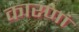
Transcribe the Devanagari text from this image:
कारणां